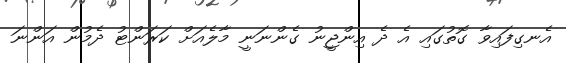
އެނގިފައިވާ ގޮތުގައި އެ ދެ އިންޖީނު ގެންނަނީ މާލެއަށް ކަަރަންޓު ދެމުން އަންނަ